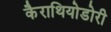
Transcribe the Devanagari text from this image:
कैराथियोडोरी